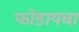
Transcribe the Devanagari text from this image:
फोडायचा